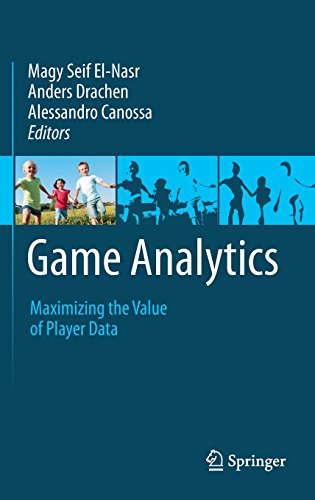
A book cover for Game Analytics: Maximizing the Value of Player Data; Computers & Technology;